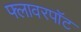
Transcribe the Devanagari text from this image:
फ्लावरपॉट